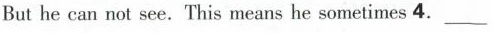
But he can not see.This means he sometimes 4. ___